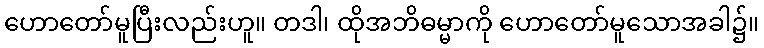
ဟောတော်မူပြီးလည်းဟူ။ တဒါ၊ ထိုအဘိဓမ္မာကို ဟောတော်မူသောအခါ၌။